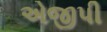
એજીપી